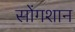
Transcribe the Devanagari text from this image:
सोंगशान